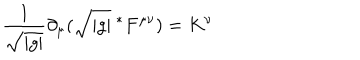
\frac { 1 } { \sqrt { | g | } } \partial _ { \mu } ( \sqrt { | g | } \ ^ { * } F ^ { \mu \nu } ) = K ^ { \nu }